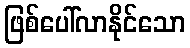
ဖြစ်ပေါ်လာနိုင်သော